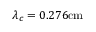
\lambda _ { c } = 0 . 2 7 6 \mathrm { c m }